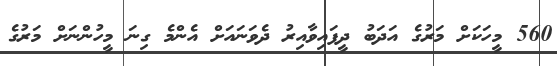
560 މީހަކަށް މަރުގެ އަދަބު ދީފައިވާއިރު ދެވަނައަށް އެންމެ ގިނަ މީހުންނަށް މަރުގެ